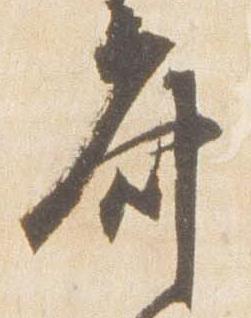
斎